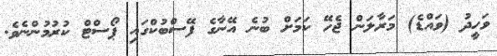
ވަހީދު (ވައްޑެ) މަރާލަން ޖެހޭ ކަމަށް ބުނެ އޭނާގެ ފޭސްބުކްގައި ޕޯސްޓް ކުރުމުންނެވެ.